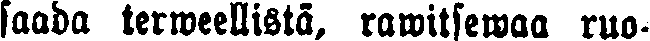
saada terweellistä, rawitsewaa ruo-